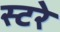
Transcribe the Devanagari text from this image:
स्टरे